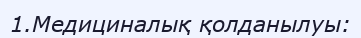
1.Медициналық қолданылуы: